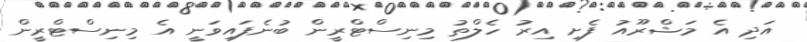
އަދި އެ މަޝްރޫއު ފެށި އިރު ހެލްތު މިނިސްޓްރީން ބުނެފައިވަނީ އެ މިނިސްޓްރީން